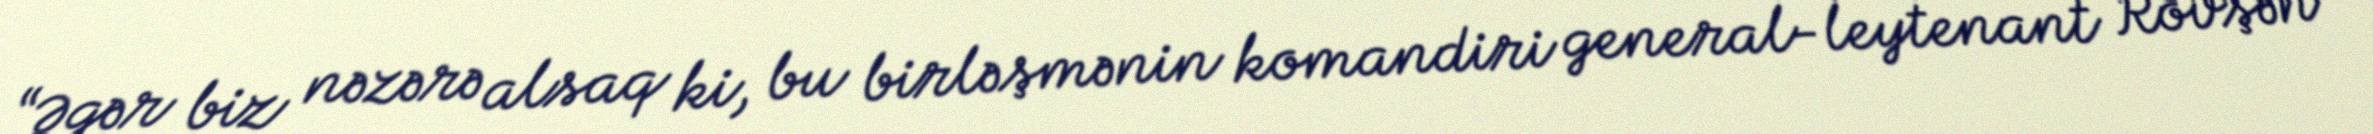
“Əgər biz nəzərə alsaq ki, bu birləşmənin komandiri general-leytenant Rövşən